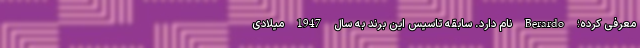
معرفی کرده؛ Berardo نام دارد. سابقه تاسیس این برند به سال 1947 میلادی